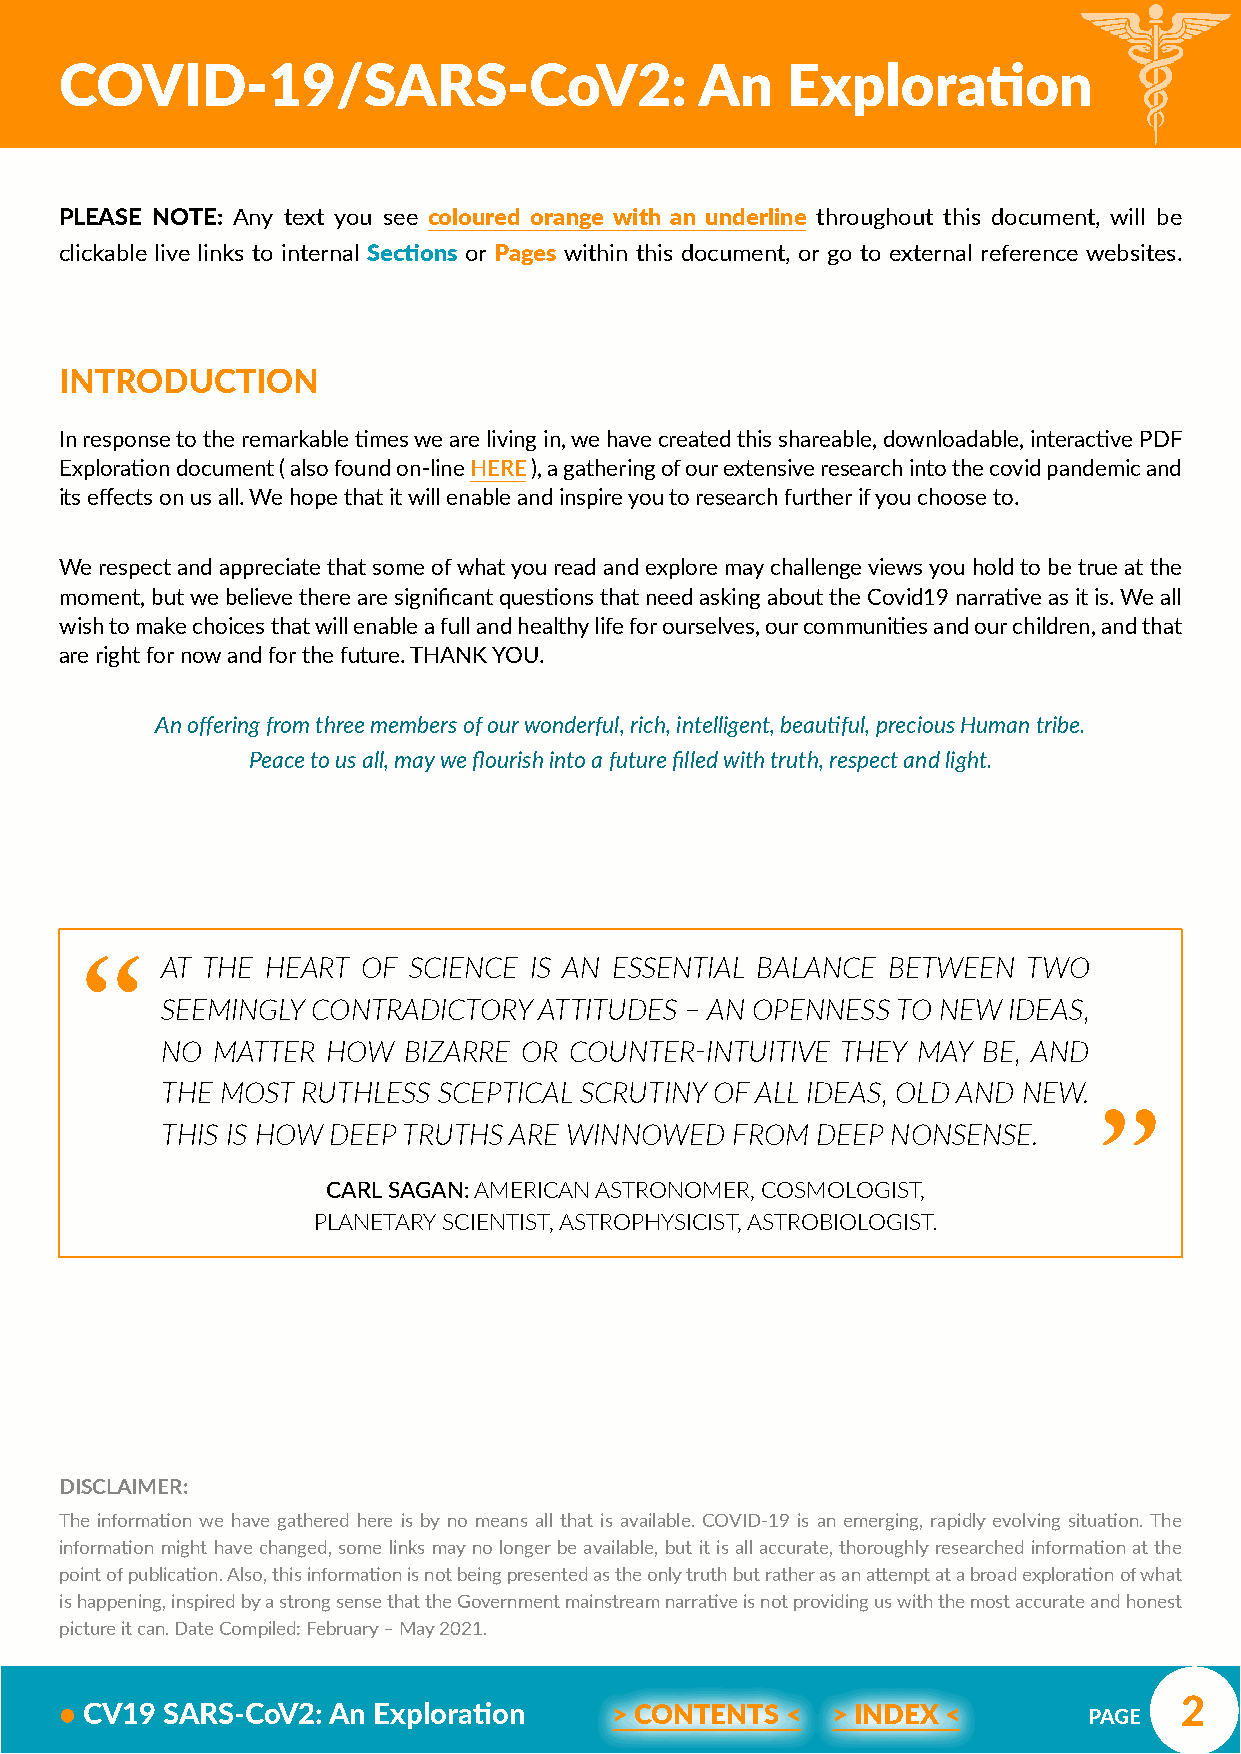
COVID-19/SARS-CoV2:                       An    Exploration
 PLEASE NOTE: Any text you see coloured orange with an underline throughout this document, will be
 clickable live links to internal Sections or Pages within this document, or go to external reference websites.
 INTRODUCTION
 In response to the remarkable times we are living in, we have created this shareable, downloadable, interactive PDF
 Exploration document ( also found on-line HERE ), a gathering of our extensive research into the covid pandemic and
 its effects on us all. We hope that it will enable and inspire you to research further if you choose to.
 We respect and appreciate that some of what you read and explore may challenge views you hold to be true at the
 moment, but we believe there are significant questions that need asking about the Covid19 narrative as it is. We all
 wish to make choices that will enable a full and healthy life for ourselves, our communities and our children, and that
 are right for now and for the future. THANK YOU.
 An offering from three members of our wonderful, rich, intelligent, beautiful, precious Human tribe.
 Peace to us all, may we flourish into a future filled with truth, respect and light.
 “
 AT THE HEART OF SCIENCE IS AN ESSENTIAL BALANCE BETWEEN  TWO
 SEEMINGLY CONTRADICTORY  ATTITUDES – AN OPENNESS TO NEW IDEAS, “
 NO MATTER  HOW  BIZARRE OR COUNTER-INTUITIVE THEY MAY BE, AND
 THE MOST RUTHLESS SCEPTICAL SCRUTINY OF ALL IDEAS, OLD AND NEW.
 THIS IS HOW DEEP TRUTHS ARE WINNOWED FROM  DEEP NONSENSE.
 CARL SAGAN: AMERICAN ASTRONOMER, COSMOLOGIST,
 PLANETARY SCIENTIST, ASTROPHYSICIST, ASTROBIOLOGIST.
 DISCLAIMER:
 The information we have gathered here is by no means all that is available. COVID-19 is an emerging, rapidly evolving situation. The
 information might have changed, some links may no longer be available, but it is all accurate, thoroughly researched information at the
 point of publication. Also, this information is not being presented as the only truth but rather as an attempt at a broad exploration of what
 is happening, inspired by a strong sense that the Government mainstream narrative is not providing us with the most accurate and honest
 picture it can. Date Compiled: February – May 2021.
 2
 • CV19 SARS-CoV2: An Exploration     > CONTENTS <  > INDEX <        PAGE